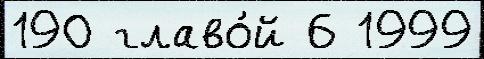
190 главо́й 6 1999